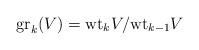
LaTeX: \begin{align*}\mathrm{gr}_k (V) = \mathrm{wt}_k V/ \mathrm{wt}_{k-1} V\end{align*}